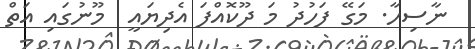
ނާސިހާ. މަގޭ ފަހުދު މަ ދޫކޮއްފަ އެދިޔައީ  މޫނުގައި އަތް